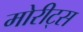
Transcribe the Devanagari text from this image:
मोरीट्स